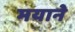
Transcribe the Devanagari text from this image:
मयाने